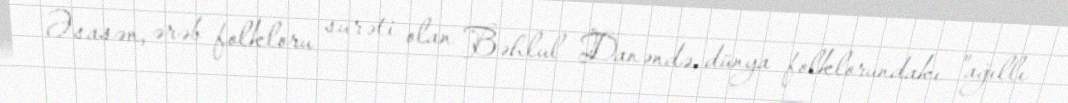
Əsasən, ərəb folkloru surəti olan Bəhlul Danəndə, dünya folklorundakı "ağıllı